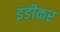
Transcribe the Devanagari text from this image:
इंडीकर